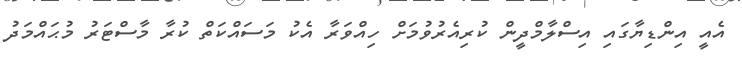
އެއީ އިންޑިޔާގައި އިސްލާމްދީން ކުރިއެރުވުމަށް ހިއްވަރާ އެކު މަސައްކަތް ކުރާ މާސްޓަރު މުޙައްމަދު